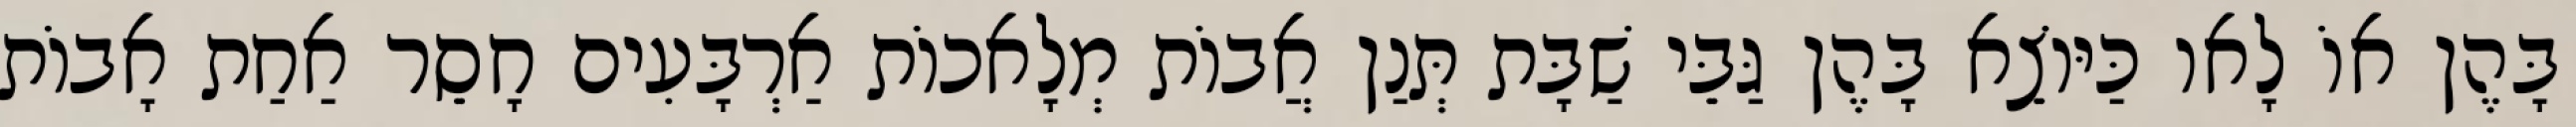
בָּהֶן אוֹ לָאו כַּיּוֹצֵא בָּהֶן גַּבֵּי שַׁבָּת תְּנַן אֲבוֹת מְלָאכוֹת אַרְבָּעִים חָסֵר אַחַת אָבוֹת